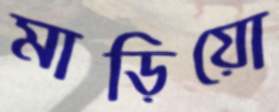
মাড়িয়ো